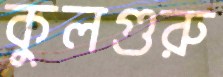
কুলগুরু